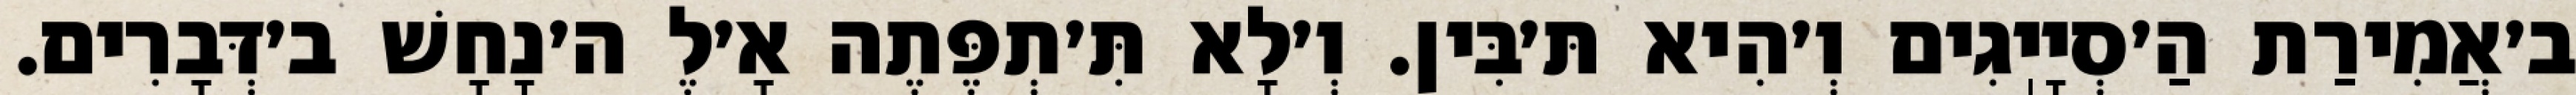
ב׳אֲמִירַת הַ׳סְיָיֽגִים וְ׳הִיא תּ׳בִּין. וְ׳לָא תִּ׳תְפֶּתֶה אָ׳לֶ ה׳נָחָשׁ ב׳דְּבָרִים.